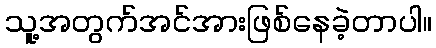
သူ့အတွက်အင်အားဖြစ်နေခဲ့တာပါ။